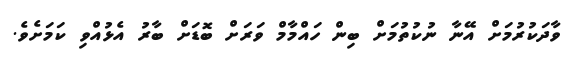
ވާދަކުރުމަށް އޭނާ ނުކުތުމަށް ބިން ހައްމާމް ވަރަށް ބޮޑަށް ބާރު އެޅުއްވި ކަމަށެވެ.